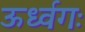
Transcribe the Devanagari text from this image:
ऊर्ध्वगः